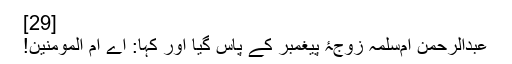
[29]
عبدالرحمن ام‌سلمہ زوجۂ پیغمبر کے پاس گیا اور کہا:‌ اے ام المومنین!